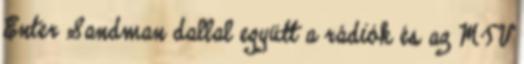
Enter Sandman dallal együtt a rádiók és az MTV